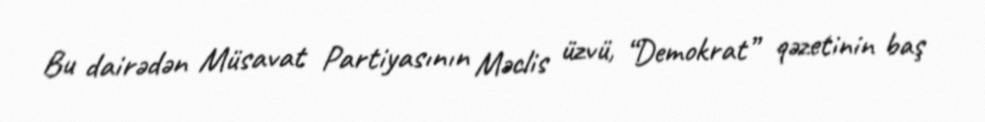
Bu dairədən Müsavat Partiyasının Məclis üzvü, “Demokrat” qəzetinin baş